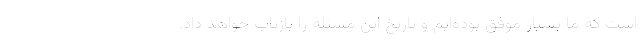
است که ما بسیار موفق بوده‌ایم و تاریخ این مسئله را بازتاب خواهد داد.